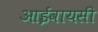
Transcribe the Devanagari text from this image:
आईवायसी